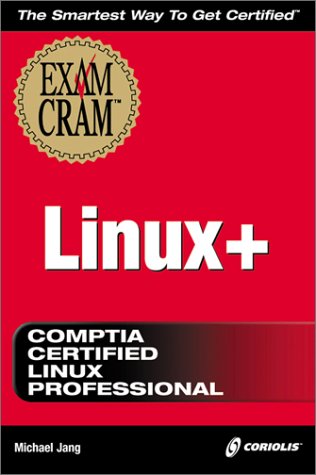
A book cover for Linux+ Exam Cram; Michael Jang; Computers & Technology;